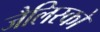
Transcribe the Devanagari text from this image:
जैलिस्को